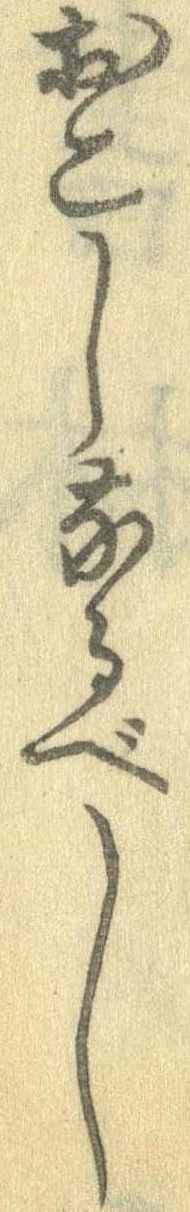
おこしなるべし